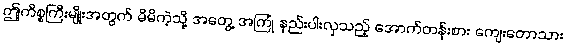
ဤကိစ္စကြီးမျိုးအတွက် မိမိကဲ့သို့ အတွေ့ အကြုံ နည်းပါးလှသည့် အောက်တန်းစား ကျေးတောသား